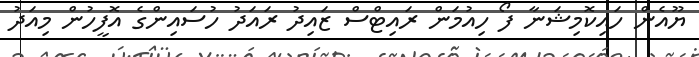
ޔޫއެން ހައިކޮމިޝަނާ ފޯ ހިއުމަން ރައިޓްސް ޒައިދު ރައަދު ހުސައިންގެ އޮފީހުން މިއަދު